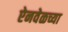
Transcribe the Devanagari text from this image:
ऐनवेळच्या